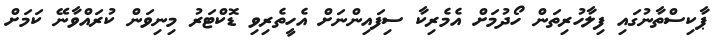
ޕާކިސްތާނުގައި ފިލާހުރިތަން ހޯދުމަށް އެމެރިކާ ސިފައިންނަށް އެހީތެރިވި ޑޮކްޓަރު މިނިވަން ކުރައްވާނޭ ކަމަށް